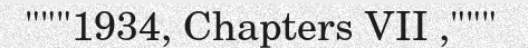
"""1934, Chapters VII ,"""